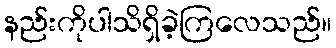
နည်းကိုပါသိရှိခဲ့ကြလေသည်။